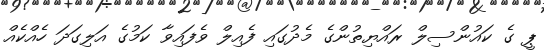
ޕީ ގެ ކައުންސިލް ރައްޔިތުންގެ މެދުގައި ފެއިލް ވެފައިވާ ކަމުގެ އަލިގަދަ ހެއްކެއް